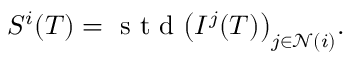
\begin{array} { r } { S ^ { i } ( T ) = \textrm { s t d } \big ( I ^ { j } ( T ) \big ) _ { j \in \mathcal N ( i ) } . } \end{array}